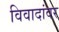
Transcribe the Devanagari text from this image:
विवादांवर